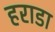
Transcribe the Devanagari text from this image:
हराडा